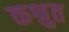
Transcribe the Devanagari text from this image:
कश्रुत